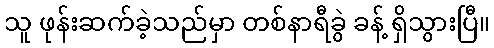
သူ ဖုန်းဆက်ခဲ့သည်မှာ တစ်နာရီခွဲ ခန့် ရှိသွားပြီ။